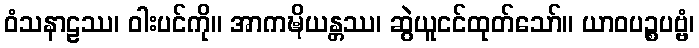
ဝံသနာဠဿ၊ ဝါးပင်ကို။ အာကဍ္ဎိယန္တဿ၊ ဆွဲယူငင်ထုတ်သော်။ ယာဝပဉ္စပဗ္ဗံ၊